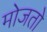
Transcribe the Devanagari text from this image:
मोजतो